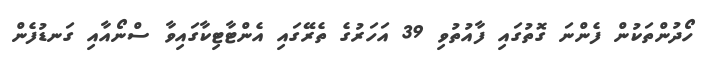
ހޯދުންތަކުން ފެންނަ ގޮތުގައި ފާއުތުވި 39 އަހަރުގެ ތެރޭގައި އެންޓާޓިކާގައިވާ ސްނޯއާއި ގަނޑުފެން